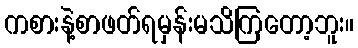
ကစားနဲ့စာဖတ်ရမှန်းမသိကြတော့ဘူး။